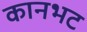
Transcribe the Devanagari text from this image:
कानभट